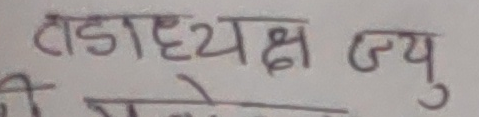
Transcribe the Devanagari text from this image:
टाडाध्यक्ष ज्यु